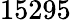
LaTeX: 15295